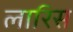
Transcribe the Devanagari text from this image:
लारिस